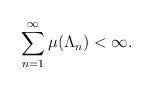
LaTeX: \begin{align*}\sum_{n=1}^\infty \mu(\Lambda_n)<\infty.\end{align*}